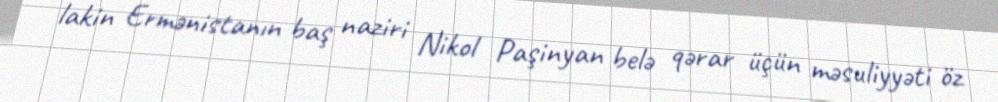
lakin Ermənistanın baş naziri Nikol Paşinyan belə qərar üçün məsuliyyəti öz